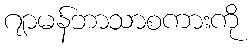
ဂျာမန်ဘာသာစကားကို